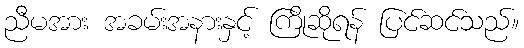
ညီမအား အခမ်းအနားနှင့် ကြိုဆိုရန် ပြင်ဆင်သည်။